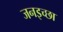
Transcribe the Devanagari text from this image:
जनइच्छा